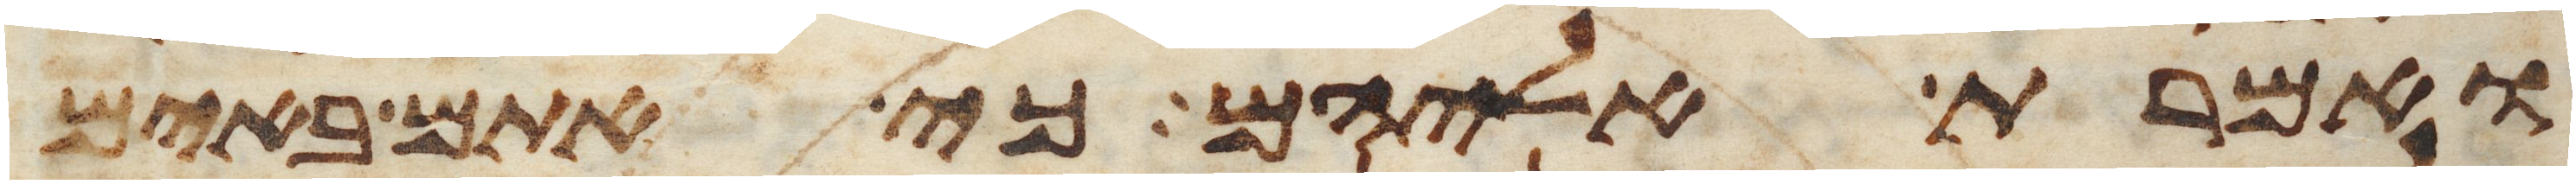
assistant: ואמרת אליהם כי אתם באים